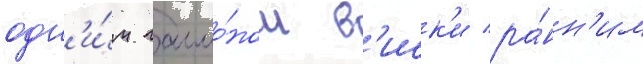
одн'и́м галло́ном в'иск'и ра́нн'им